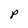
Character: P